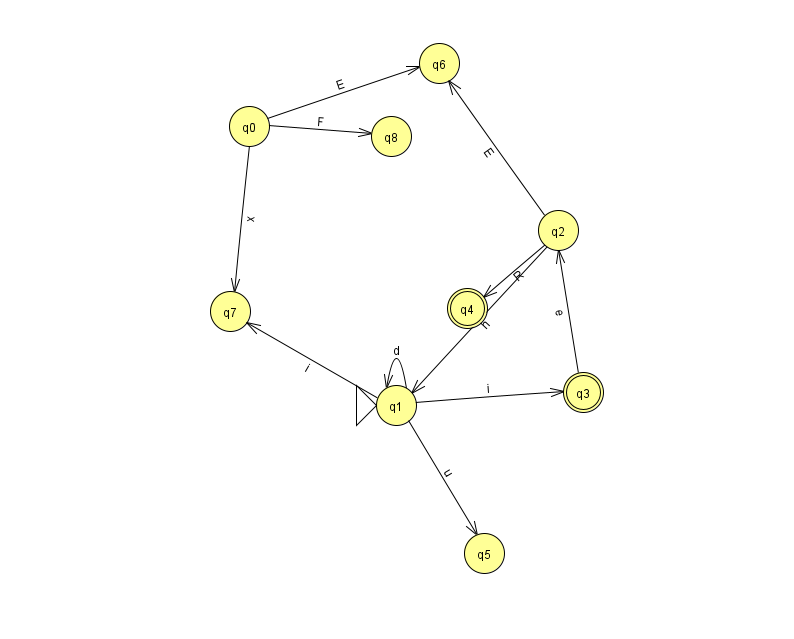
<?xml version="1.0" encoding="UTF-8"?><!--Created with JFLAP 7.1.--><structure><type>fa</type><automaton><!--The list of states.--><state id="0" name="q0"><x>249.0</x><y>113.0</y></state><state id="1" name="q1"><x>396.0</x><y>392.0</y><initial/></state><state id="2" name="q2"><x>558.0</x><y>217.0</y></state><state id="3" name="q3"><x>583.0</x><y>379.0</y><final/></state><state id="4" name="q4"><x>467.0</x><y>295.0</y><final/></state><state id="5" name="q5"><x>484.0</x><y>540.0</y></state><state id="6" name="q6"><x>439.0</x><y>50.0</y></state><state id="7" name="q7"><x>230.0</x><y>298.0</y></state><state id="8" name="q8"><x>391.0</x><y>123.0</y></state><!--The list of transitions.--><transition><from>1</from><to>1</to><read>d</read></transition><transition><from>3</from><to>2</to><read>e</read></transition><transition><from>0</from><to>6</to><read>E</read></transition><transition><from>2</from><to>1</to><read>h</read></transition><transition><from>1</from><to>3</to><read>i</read></transition><transition><from>0</from><to>7</to><read>x</read></transition><transition><from>1</from><to>5</to><read>u</read></transition><transition><from>1</from><to>7</to><read>i</read></transition><transition><from>2</from><to>6</to><read>E</read></transition><transition><from>0</from><to>8</to><read>F</read></transition><transition><from>2</from><to>4</to><read>R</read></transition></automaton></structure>